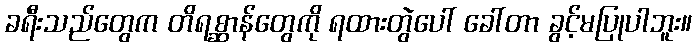
ခရီးသည်တွေက တိရစ္ဆာန်တွေကို ရထားတွဲပေါ် ခေါ်တာ ခွင့်မပြုပါဘူး။